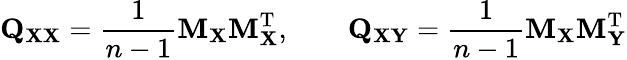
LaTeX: \mathbf{Q}_{\mathbf{XX}}={\frac{1}{n-1}}\mathbf{M}_{\mathbf{X}}\mathbf{M}_{\mathbf{X}}^{\mathrm{{T}}},\qquad\mathbf{Q}_{\mathbf{XY}}={\frac{1}{n-1}}\mathbf{M}_{\mathbf{X}}\mathbf{M}_{\mathbf{Y}}^{\mathrm{{T}}}